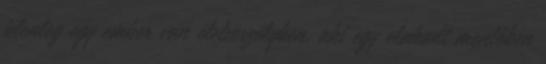
jelenleg egy ember van életveszélyben, aki egy elakadt mentőben